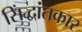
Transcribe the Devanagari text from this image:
सिंद्धांतकार